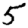
Digit: 5